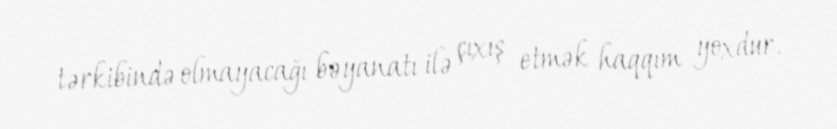
tərkibində olmayacağı bəyanatı ilə çıxış etmək haqqım yoxdur.